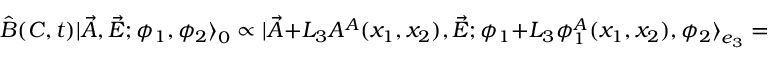
\hat { B } ( C , t ) | \vec { A } , \vec { E } ; \phi _ { 1 } , \phi _ { 2 } { \rangle } _ { 0 } \propto | \vec { A } + L _ { 3 } A ^ { A } ( x _ { 1 } , x _ { 2 } ) , \vec { E } ; \phi _ { 1 } + L _ { 3 } \phi _ { 1 } ^ { A } ( x _ { 1 } , x _ { 2 } ) , \phi _ { 2 } { \rangle } _ { e _ { 3 } } =